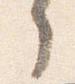
了